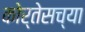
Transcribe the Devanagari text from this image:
कोर्तेसच्या